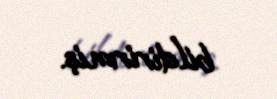
bildirirmiş.